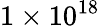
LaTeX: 1\times 10^{18}